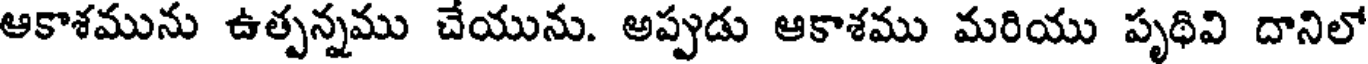
ఆకాశమును ఉత్పన్నము చేయును. అప్పుడు ఆకాశము మరియు పృథివి దానిలో